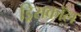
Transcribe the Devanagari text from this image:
ड्रिसकॉल